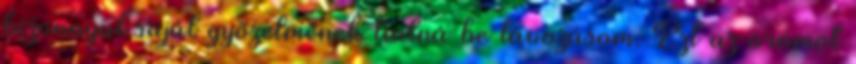
bizonnyal saját győzelmének tudná be távozásom. Ezt az örömöt